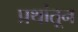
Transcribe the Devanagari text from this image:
प्रथांतून